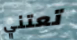
تعتني